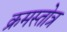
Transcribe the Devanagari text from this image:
क्रमस्तोत्र